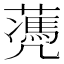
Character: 𦿅